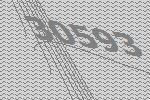
30593